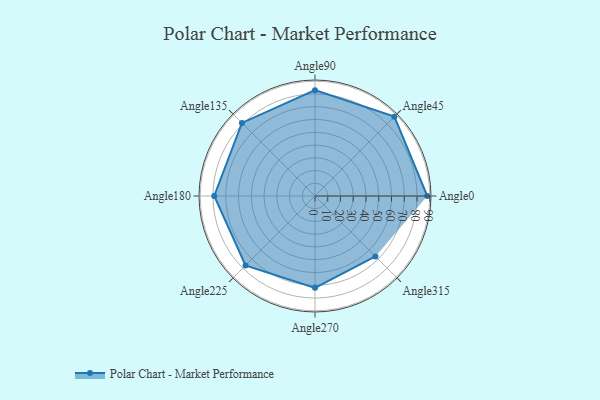
{"axis": {"x": "Angle", "y": "Radius"}, "legend": [""], "data": [{"x": "Angle0", "y": 88.0, "type": ""}, {"x": "Angle45", "y": 88.0, "type": ""}, {"x": "Angle90", "y": 83.0, "type": ""}, {"x": "Angle135", "y": 81.0, "type": ""}, {"x": "Angle180", "y": 79.0, "type": ""}, {"x": "Angle225", "y": 77.0, "type": ""}, {"x": "Angle270", "y": 72.0, "type": ""}, {"x": "Angle315", "y": 67.0, "type": ""}]}